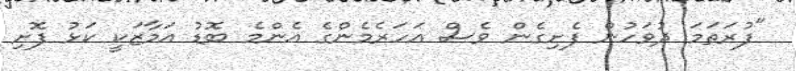
"ފުރަތަމަ ދުވަހުން ފެށިގެން ވެސް އަހަރެމެންގެ އެންމެ ބޮޑު އަމާޒަކީ ކަޅު ފޮށި